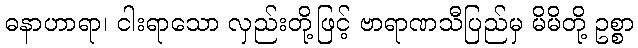
ဓနာဟာရာ၊ ငါးရာသော လှည်းတို့ဖြင့် ဗာရာဏသီပြည်မှ မိမိတို့ ဥစ္စာ